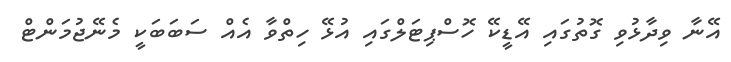
އޭނާ ވިދާޅުވި ގޮތުގައި އޭޑީކޭ ހޮސްޕިޓަލްގައި އުޅޭ ހިތްވާ އެއް ސަބަބަކީ މެނޭޖުމަންޓް